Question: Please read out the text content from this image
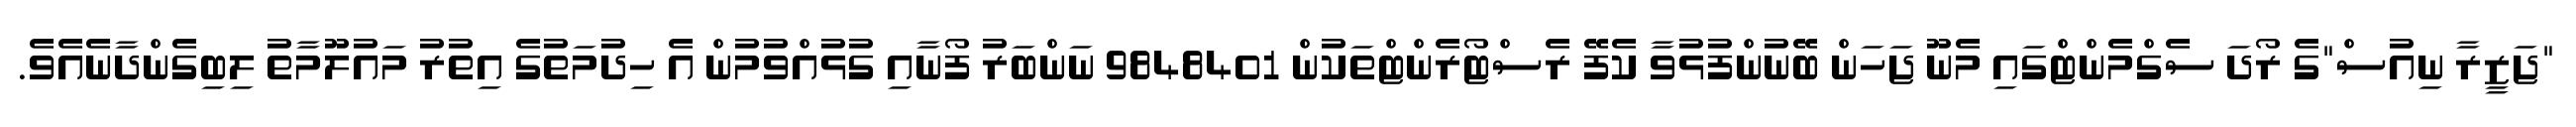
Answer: "ޖަޒީރާ ނިއުސް"ގެ ރޯދަ ސެގްމެންޓްގައި މެނޫ ޖަހަން ބޭނުންފުޅުވާ ކެފޭ ރެސްޓޯރެންޓްތަކުން 9848401 ނަންބަރު ފޯނާއި ގުޅުއްވުމުން އެ ހިދުމަތުގެ އިތުރު މައުލޫމާތު ލިބިގެންދާނެއެވެ.